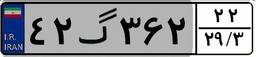
۴۲گ۳۶۲۲۲